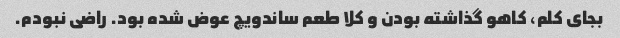
بجای کلم، کاهو گذاشته بودن و کلا طعم ساندویچ عوض شده بود. راضی نبودم.